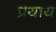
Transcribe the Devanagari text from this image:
प्रयाय